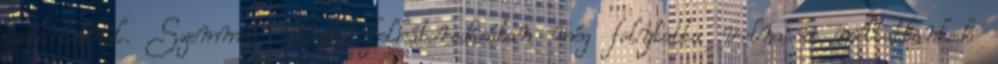
csoportoknál. Szemmel látható felháborodásában még folytatta volna a méltatlankodó